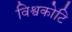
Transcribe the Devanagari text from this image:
विश्वकोटि